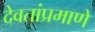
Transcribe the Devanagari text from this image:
देवतांप्रमाणे